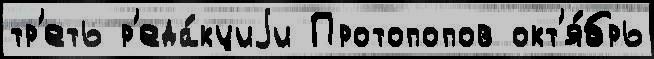
тр'еть р'еда́кциjи Протопопов окт'я́брь